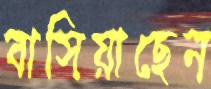
বাসিয়াছেন